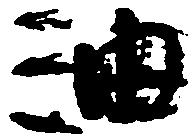
油